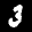
Label: 3